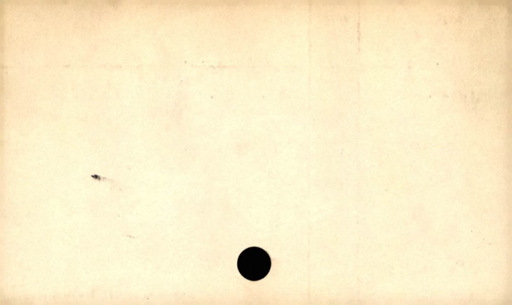
Label: divider